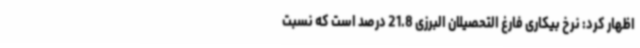
اظهار کرد: نرخ بیکاری فارغ التحصیلان البرزی 21.8 درصد است که نسبت